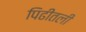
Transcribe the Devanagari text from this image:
पिढीतली